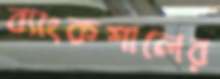
ব্যাংকশালের